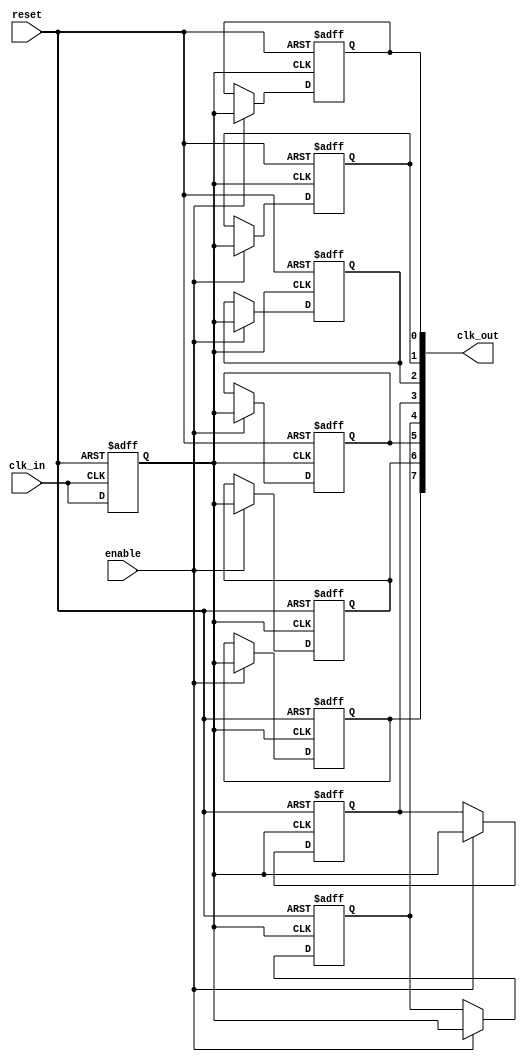
module HighFanoutClockBuffer #(
    parameter WIDTH = 8,           // Number of outputs
    parameter DRIVE_STRENGTH = 1   // Drive strength parameter (1, 2, 3, etc.)
)(
    input wire clk_in,             // Input clock
    input wire enable,             // Enable signal for the clock buffer
    input wire reset,              // Reset signal for isolation during power-up
    output reg [WIDTH-1:0] clk_out // Output clocks
);

    // Internal signals for synchronous operation and clock conditioning
    reg clk_cond;

    // Clock conditioning stage
    always @(posedge clk_in or posedge reset) begin
        if (reset) begin
            clk_cond <= 1'b0; // Reset the conditioned clock
        end else begin
            clk_cond <= clk_in; // Pass through the input clock
        end
    end

    // Buffering stage and output driver logic
    genvar i;
    generate
        for (i = 0; i < WIDTH; i = i + 1) begin: clk_buffer
            always @(posedge clk_cond or posedge reset) begin
                if (reset) begin
                    clk_out[i] <= 1'b0; // Isolate output clock during reset
                end else if (enable) begin
                    // Implement drive strength based on parameter
                    case (DRIVE_STRENGTH)
                        1: clk_out[i] <= clk_cond;             // Low drive strength
                        2: clk_out[i] <= clk_cond & clk_cond; // Medium drive strength (example)
                        3: clk_out[i] <= clk_cond | clk_cond; // High drive strength (example)
                        default: clk_out[i] <= clk_cond;      // Default case
                    endcase
                end
            end
        end
    endgenerate

endmodule